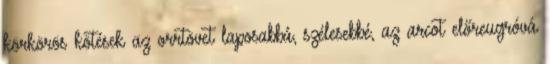
körkörös kötések az orrtövet laposabbá, szélesebbé, az arcot előreugróvá